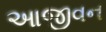
આજીવન